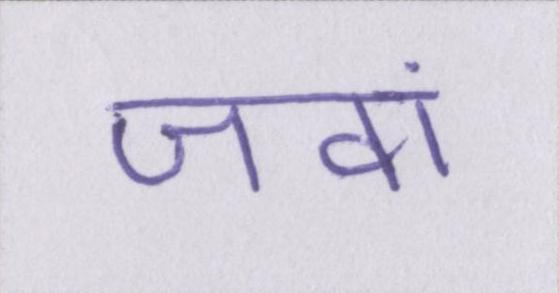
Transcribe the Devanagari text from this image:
जवां